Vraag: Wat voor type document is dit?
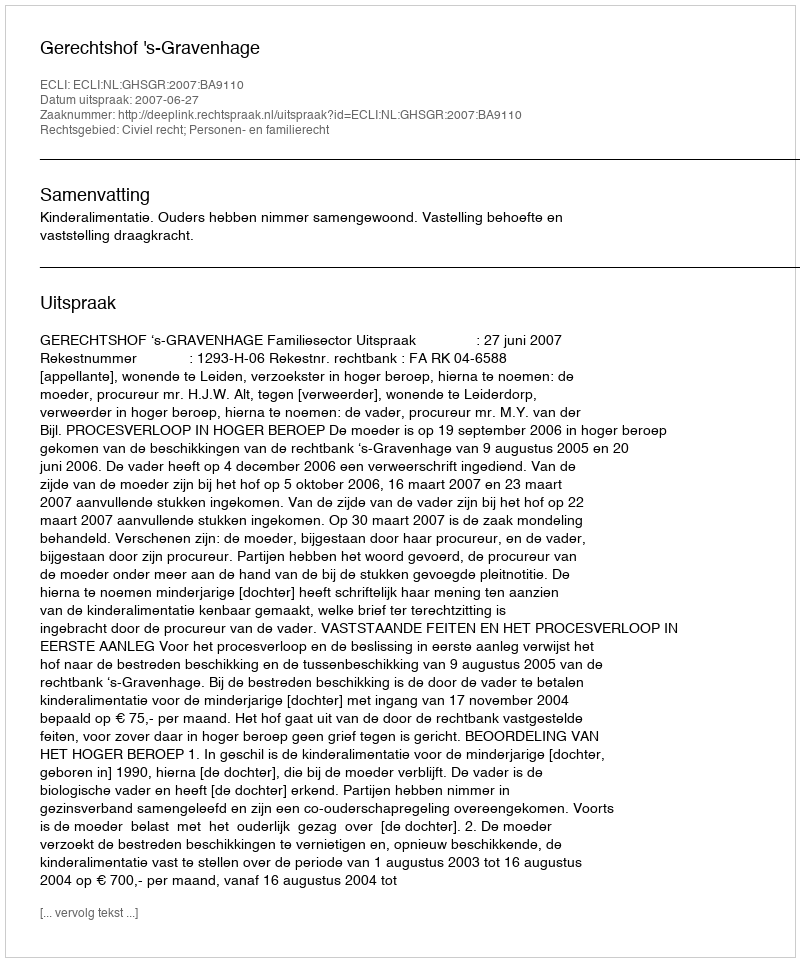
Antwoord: Uitspraak